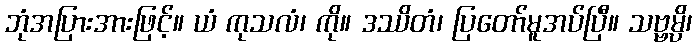
ဘုံအပြားအားဖြင့်။ ယံ ကုသလံ၊ ကို။ ဒဿိတံ၊ ပြတော်မူအပ်ပြီ။ သဗ္ဗမ္ပိ၊